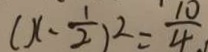
( x - \frac { 1 } { 2 } ) ^ { 2 } = \frac { 1 0 } { 4 }